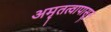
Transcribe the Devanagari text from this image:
अमृतत्वापासून